Report on plague in the Punjab from October 1st ... to September 30th ..., being the ... season of plague in the province
Disease focus: Plague
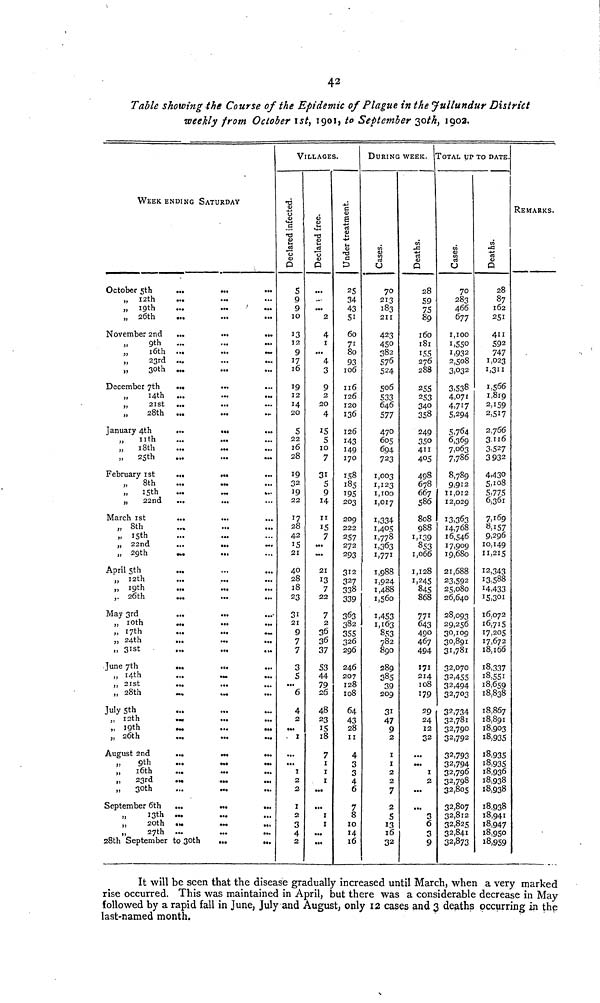
42
Table showing the Course of the Epidemic of Plague in the Jullundur District
weekly from October ist, 1901, to September 30th, 1902.
WEEK ENDING SATURDAY
October 5th
12th
19th
26th
November 2nd
9th
16th
23rd
30th
December 7th
14th
21st
28th
January 4th
j
11th
18th
25th
February 1st
March
8th
15th
22nd
1st
8th
15th
„ 22nd
„ 29th
April 5th
„ I2th
„ 19th
,. 26th
May 3rd
„ 10th
„ 17th
„ 24th
„ 3ist
June 7th
„ I4th
,, 28th
>. 28th th
July 5th
„ 12th
19th
h
„ 26th
August 2nd
9th
16th
23rd
30th
September 6th
13th
20th
27th
...
...
•••
...
.
.
.
.
...
.
.
•••
...
...
.
..
•••
•••
...
...
...
• ••
28th September to 30th
...
.
•••
...
...
...
...
...
...
...
...
...
...
...
...
...
...
...
...
...
...
...
...
...
...
...
...
...
...
4.-
...
...
...
...
...
...
..
VILLAGES.
Declared infected
5
9
9
10
13
12
9
17
16
19
12
14
20
5
22
l6
28
19
22
19
22
17
28
42
15
21
40
28
18
23
31
21
9
7
7
3
5
...
6
4
2
...
1
...
1
2
2
1
2
3
4
2
Declared free
...
2
4
1
4
3
9
2
20
4
15
5
10
7
31
5
9
14
11
15
7
...
21
13
7
22
7
2
36
36
37
S3
44
29 26
48
23
15
18
7
1
1
1
...
...
1
1
...
Under treatment
25
34
43
51
60
71
80
93
106
116
126
120
136
126
143
149
170
158
185
195
203
209
222
257
272
293
312
327
338
339
363
382
3SS
326
296
246
207
128
108
64
43
28
11
4
3
3
4
6
7
8
10
14
16
DURING WEEK.
Cases
70
213
183
211
423
450
382
576
524
506
533
646
577
470
605
694
723
1.003
1,123
1,100
1,017
1,334
1,405
1,778
1,363
1.771
1,988
1,924
1,488
1,560
1,453
1,163
853
782
890
289
385
39
209
31
47
9
2
1
1
2
2
7
2
5
12
16
32
Details
28
59
75
89
160
181
155
276
288
255
253
340
358
249
350
411
405
498
678
667
586
808
988
1,139
853
1,066
1,128
1,245
845
868
771
643
490
467
494
171
214
108
179
29
24
12
32
...
1
2
3
6
3
9
TOTAL UP TO DATE.
Cases
70
283
466
677
1,100
1,550
1,932
2,508
3,032
3,538
4,071
4,7!7
5,294
5,764
6,369
7,063
7,786
8,789
9,912
11,012
12,029
13,363
14,768
16,546
17,909
19,680
21,688
23,592
25,080
26,640
28,093
29,256
30,109
30,891
31,781
32,070
32,455
32,494
3 2 ,7 O 3
32,734
32,781
32,790
32,792
32,793
32,794
32,796
32,798
32,805
32,807
32,812
32,825
3 2 ,841
32,873
Deaths.
28
87
162
251
411
592
747
1,023
1,311
1,566
1,819
2,159
2,517
2,766
3.116
3,527
3 932
4,430
5,108
5,775
6,361
7,169
8,157
9,296
10,149
11,215
12,343
13,588
14,433
15,301
16,072
16,715
17,205
17,672
18,166
18,337
18,551
18,659
18,838
18,867
18,891
18,903
18,935
18,935
18,935
18,936
18,938
18,938
18,938
18,941
18,047
18,950
18,959
REMARKS.
It will be seen that the disease gradually increased until March, when a very marked
rise occurred. This was maintained in April, but there was a considerable decrease in May
followed by a rapid fall in June, July and August, only 12 cases and 3 deaths occurring in the
last-named month.